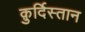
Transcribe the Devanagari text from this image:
क़ुर्दिस्तान